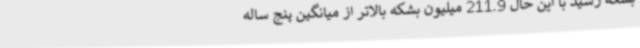
بشکه رسید با این حال 211.9 میلیون بشکه بالاتر از میانگین پنج ساله